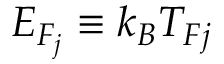
E _ { F _ { j } } \equiv k _ { B } T _ { F j }